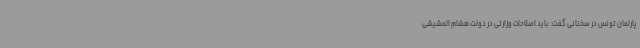
پارلمان تونس در سخنانی گفت: باید اصلاحات وزارتی در دولت هشام المشیشی